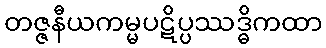
တဇ္ဇနီယကမ္မပဋိပ္ပဿဒ္ဓိကထာ